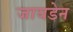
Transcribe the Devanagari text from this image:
जायडेन